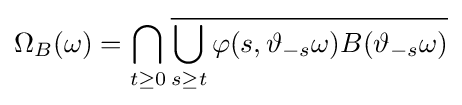
\Omega _{B}(\omega )=\bigcap _{t\geq 0}{\overline {\bigcup _{s\geq t}\varphi (s,\vartheta _{-s}\omega )B(\vartheta _{-s}\omega )}}